Sketch of the medical history of the native army of Bombay, for the year
Year: 1870
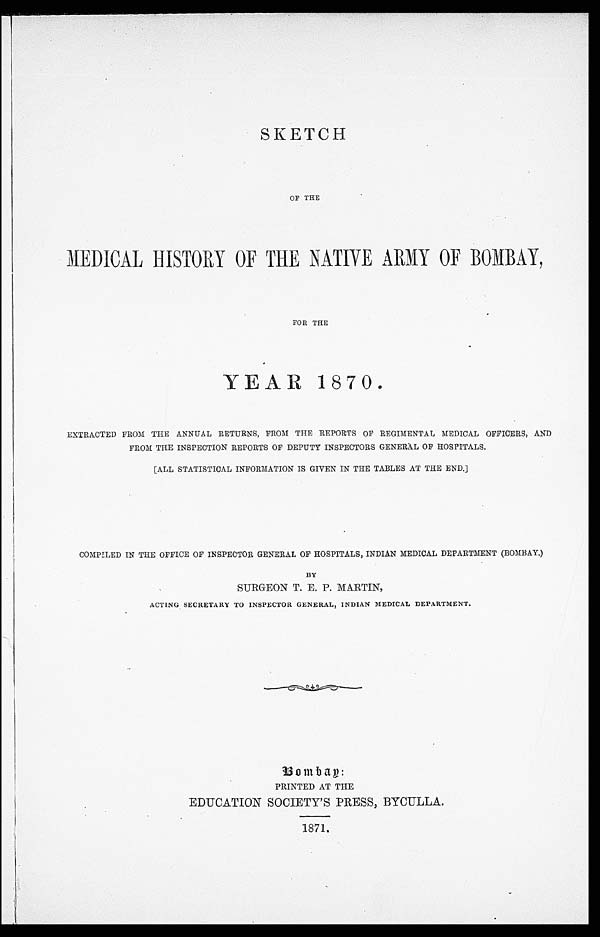
SKETCH
OF THE
MEDICAL HISTORY OF THE NATIVE ARMY OF BOMBAY,
FOR THE
YEAR 1870.
EXTRACTED FROM THE ANNUAL RETURNS, FROM THE REPORTS OF REGIMENTAL MEDICAL OFFICERS, AND
FROM THE INSPECTION REPORTS OF DEPUTY INSPECTORS GENERAL OF HOSPITALS.
[ALL STATISTICAL INFORMATION IS GIVEN IN THE TABLES AT THE END.]
COMPILED IN THE OFFICE OF INSPECTOR GENERAL OF HOSPITALS, INDIAN MEDICAL DEPARTMENT (BOMBAY.)
BY
SURGEON T. E. P. MARTIN,
ACTING SECRETARY TO INSPECTOR GENERAL, INDIAN MEDICAL DEPARTMENT.
Bombay:
PRINTED AT THE
EDUCATION SOCIETY'S PRESS, BYCULLA.
1871.